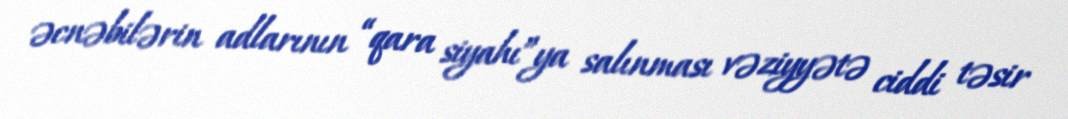
əcnəbilərin adlarının “qara siyahı”ya salınması vəziyyətə ciddi təsir